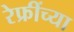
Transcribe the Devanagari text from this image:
रेफ्रींच्या